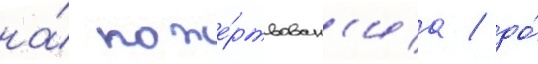
на́ поже́ртвован'иа / до́